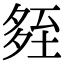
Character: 𡖧